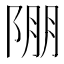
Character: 𨹹